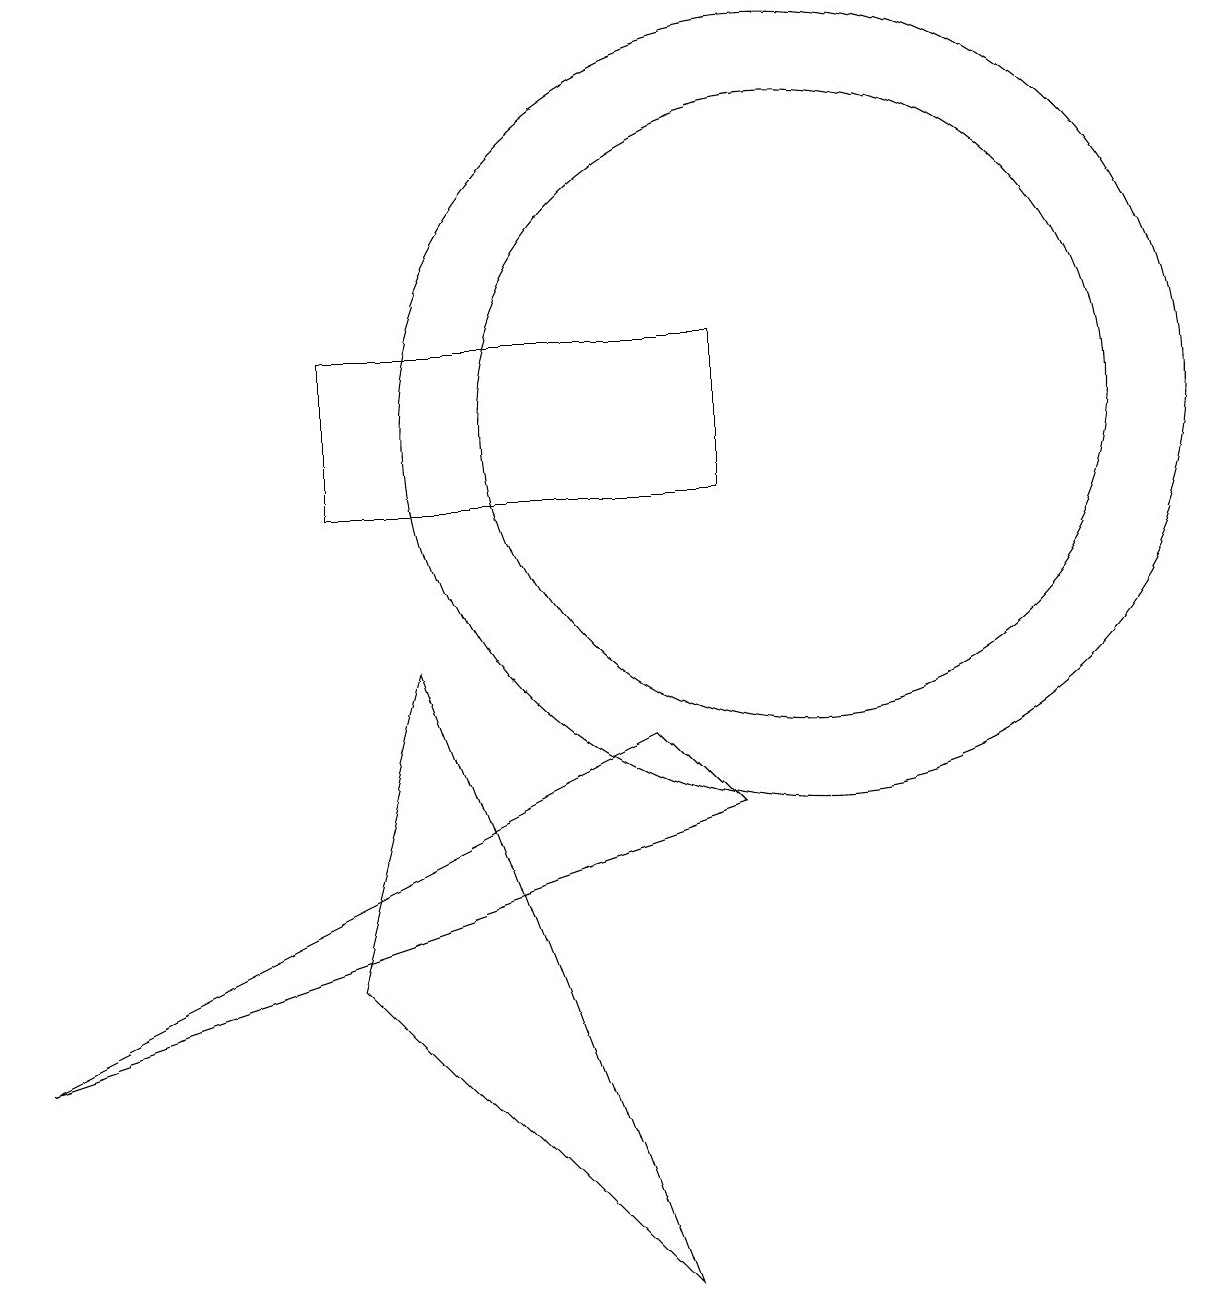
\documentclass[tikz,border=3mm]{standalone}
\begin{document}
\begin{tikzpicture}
\draw (10,11) circle (5);
\draw (8,7) -- (0,3) -- (9,6) -- cycle;
\draw (4,4) -- (5,8) -- (8,0) -- cycle;
\draw (4,10) rectangle (9,12);
\draw (10,11) circle (4);
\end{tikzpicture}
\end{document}